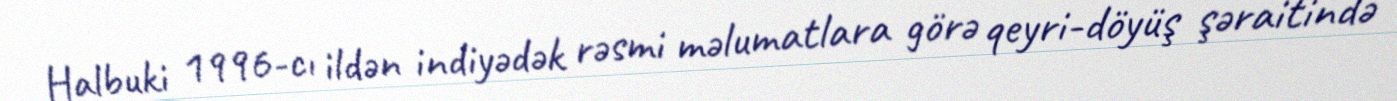
Halbuki 1996-cı ildən indiyədək rəsmi məlumatlara görə qeyri-döyüş şəraitində